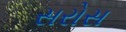
સરોસ